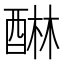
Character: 醂